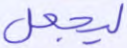
ليجعل